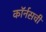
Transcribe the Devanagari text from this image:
कॉर्नसची